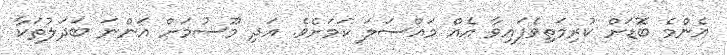
އެންމެ ބޮޑަށް ކުރިމަތިވެފައިވާ އެއް މައްސަލަ ކަމަށެވެ. އަދި މޫސުމަށް އަންނަ ބަދަލުތަކާ